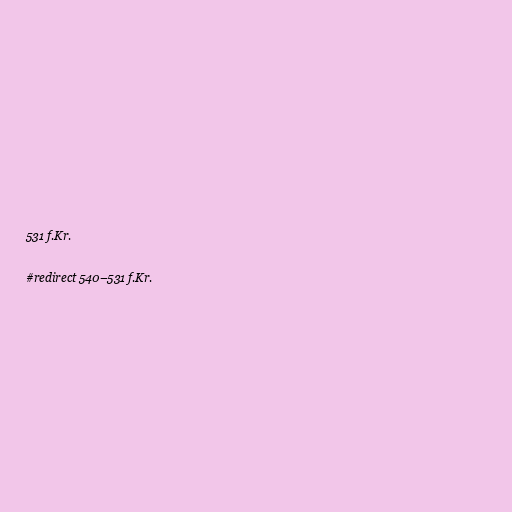
531 f.Kr.

#redirect 540–531 f.Kr.